Vaccination report Assam 1874-1896 - 1874-1896
Year: 1874
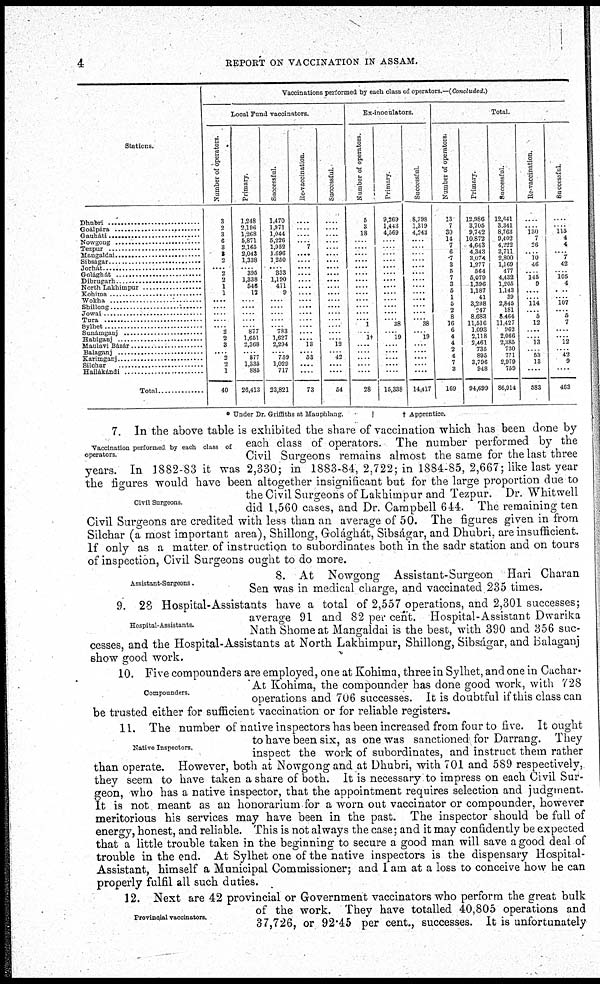
4
REPORT ON VACCINATION IN ASSAM.
Stations.
Dhubri ....................
Goálpára ...................
Gauháti ....................
Nowgong ...................
Tezpur ....................
Mangaldai ................
Sibsagar ...................
Jorhát ....................
Golághát ...................
Dibrugarh ................
North Lakhimpur ...........
Kohima ....................
Wokha
Shillong
................
Jowai ...................
Tura ...................
Sylhet ...................
Sylhet ...................
Sunámganj ...............
Habiganj ................
Maulavi Bázar ...........
Karimganj .....................
Silchar
...........................
Hailándi ........................
Total ............
Vaccinations performed by each class of operators.—(Concluded.)
Local Fund vaccinators.
Number of operators.
3
2
8
6
3
3
2
.... 2
2
1
1
....
....
....
....
... 2
2
3
.... 2
2
1
40
Primary.
1,248
2,196
1,268
5,871
2,165
2,043
1,338
.... 395
1,338
546
12
....
....
....
....
.... 877
1,651
2,368
.... 877
1,335
885
26,413
Successful.
1,470
1,971
1,044
5,226
1,952
1,696
1,250
.... 333
1,190
471
9
....
....
....
....
.... 783
1,627
2,294
.... 759
1,029
717
23,821
Re-vaccination.
...
...
....
.... 7
.... ....
....
....
....
....
....
....
...
....
....
...
....
....
13
.... 53
....
....
73
Successful
...
....
....
....
....
....
....
....
....
....
....
....
.... ....
....
....
....
....
.... 12
.... 42
....
....
54
Ex-inoculators.
Number of operators.
5
3
18
....
....
....
....
....
....
....
....
....
....
....
....
.... 1
.... 14
....
....
.... ....
....
28
Primary
9,269
1,443
4,569
....
....
.....
....
....
....
....
....
....
....
....
....
.... 38
.... 19
....
....
....
....
....
15,338
Successful.
8,798 1,319 4,243
....
....
....
....
....
....
....
....
....
...
....
....
.... 38
.... 19
....
....
....
....
....
14,417
Total.
Number of operators.
13
7
30
14
7
6
7
3
5
7
3
5
1
5
2
8
16
6
4
4
2
4
7
3
169
Primary.
12 986
3,705
9,742
10,872
4,643
4,343
3,074
1,277
564
5,079
1,396
1,187
41
3,298
247
8,683
11,516
1,093
2,118
2,461
735
895
3,796
948
94,699
Successful.
12,641
3,341
8,763
9,402
4,222
3,711
2,800
1,169
477
4,432
1,205
1,143
39
2,845
181
8,464
11,427
962
2,066
2,085
730
771
2,979
759
86,914
Re-vaccination.
...
... 130
7
26
.... 10
46
... 145
9
....
.... 114
.... 5
12
...
.... 13
.... 53
13
....
583
Successful.
...
.... 115
4
4
.... 7
42
.... 105
4
....
.... 107
.... 5
7
....
.... 12
.... 42
9
....
463
* Under Dr Griffiths at Mauphlang.
† Apprentice.
Vaccination performed by each class of
operators
Civil Surgeons.
7. In the above table is exhibited the share of vaccination which has been done by
each class of operators. The number performed by the
Civil Surgeons remains almost the same for the last three
years. In 1882-83 it was 2,330; in 1883-84, 2,722; in 1884-85, 2,667; like last year
the figures would have been altogether insignificant but for the large proportion due to
the Civil Surgeons of Lakhimpur and Tezpur. Dr. Whitwell
did 1,560 cases, and Dr. Campbell 644. The remaining ten
Civil Surgeons are credited with less than an average of 50. The figures given in from
Silchar (a most important area), Shillong, Golághát, Sibságar, and Dhubri. are insufficient.
If only as a matter of instruction to subordinates both in the sadr station and on tours
of inspection, Civil Surgeons ought to do more.
Assistant-Surgeons.
8. At Nowgong Assistant-Surgeon Hari Charan
Sen was in medical charge, and vaccinated 235 times.
Hospital-Assistants.
9. 28 Hospital-Assistants have a total of 2,557 operations, and 2,301 successes;
average 91 and 82 per cent. Hospital-Assistant Dwarika
Nath Shome at Mangaldai is the best, with 390 and 356 suc-
cesses, and the Hospital-Assistants at North Lakhimpur, Shillong, Sibságar, and Balaganj
show good work.
Compounders.
10. Five compounders are employed, one at Kohima, three in Sylhet, and one in Cachar-
At Kohima, the compounder has done good work, with 728
operations and 706 successes. It is doubtful if this class can
be trusted either for sufficient vaccination or for reliable registers.
Native Inspectors.
11. The number of native inspectors has been increased from four to five. It ought
to have been six, as one was sanctioned for Darrang. They
inspect the work of subordinates, and instruct them rather
than operate. However, both at Nowgong and at Dhubri, with 701 and 589 respectively,
they seem to have taken a share of both. It is necessary to impress on each Civil Sur-
geon, who has a native inspector, that the appointment requires selection and judgment.
It is not meant as an honorarium for a worn out vaccinator or compounder, however
meritorious his services may have been in the past. The inspector should be full of
energy, honest, and reliable. This is not always the case; and it may confidently be expected
that a little trouble taken in the beginning to secure a good man will save a good deal of
trouble in the end. At Sylhet one of the native inspectors is the dispensary Hospital-
Assistant, himself a Municipal Commissioner; and I am at a loss to conceive how he can
properly fulfil all such duties.
Provincial vaccinators.
12. Next are 42 provincial or Government vaccinators who perform the great bulk
of the work. They have totalled 40,805 operations and
37,726, or 92.45 per cent., successes. It is unfortunately